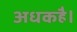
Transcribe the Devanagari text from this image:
अधकहै।